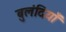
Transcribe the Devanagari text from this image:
बुलंदियाँ